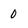
Character: 0